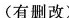
(有删改)